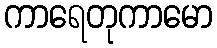
ကာရေတုကာမော